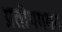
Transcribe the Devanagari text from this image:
प्रतीपगमन